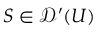
S \in { \mathcal { D } } ^ { \prime } ( U )